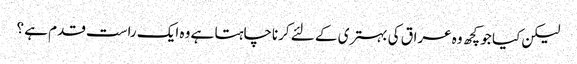
لیکن کیا جو کچھ وہ عراق کی بہتری کے لئے کرناچاہتا ہے وہ ایک راست قدم ہے ؟